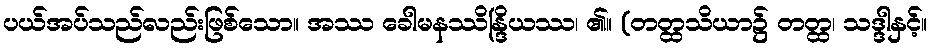
ပယ်အပ်သည်လည်းဖြစ်သော။ အဿ ခေါမနဿိန္ဒြိယဿ၊ ၏။ (တတ္ထသိယာ၌ တတ္ထ၊ သဒ္ဒါနှင့်။